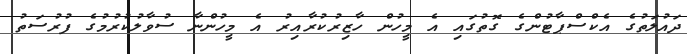
ދައުލަތުގެ އެކްސްޕާޓުންގެ ގޮތުގައި އެ މީހުން ހާޒިރުކުރާއިރު އެ މީހުންނާ ސުވާލުކުރުމުގެ ފުރުސަތު